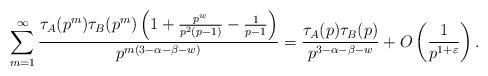
LaTeX: \begin{align*}\sum_{m=1}^{\infty} \frac{\tau_A(p^{m}) \tau_B(p^{m}) \left( 1+\frac{p^w}{p^{2}(p-1)}-\frac{1}{p-1} \right)}{ p^{m(3-\alpha-\beta-w )} } = \frac{\tau_A(p)\tau_B(p)}{p^{3-\alpha-\beta-w}} + O\left( \frac{1}{p^{1+\varepsilon}}\right).\end{align*}